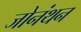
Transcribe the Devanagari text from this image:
जोनंथन